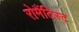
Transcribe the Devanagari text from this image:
रोमैंटिस्ट